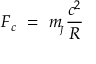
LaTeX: F _ { c } \ = \ m _ { \! _ { J } } \frac { c ^ { 2 } } { R }